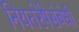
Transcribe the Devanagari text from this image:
नियतरेषेसंबंधी